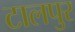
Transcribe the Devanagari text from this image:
टालपुर